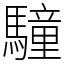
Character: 䮵